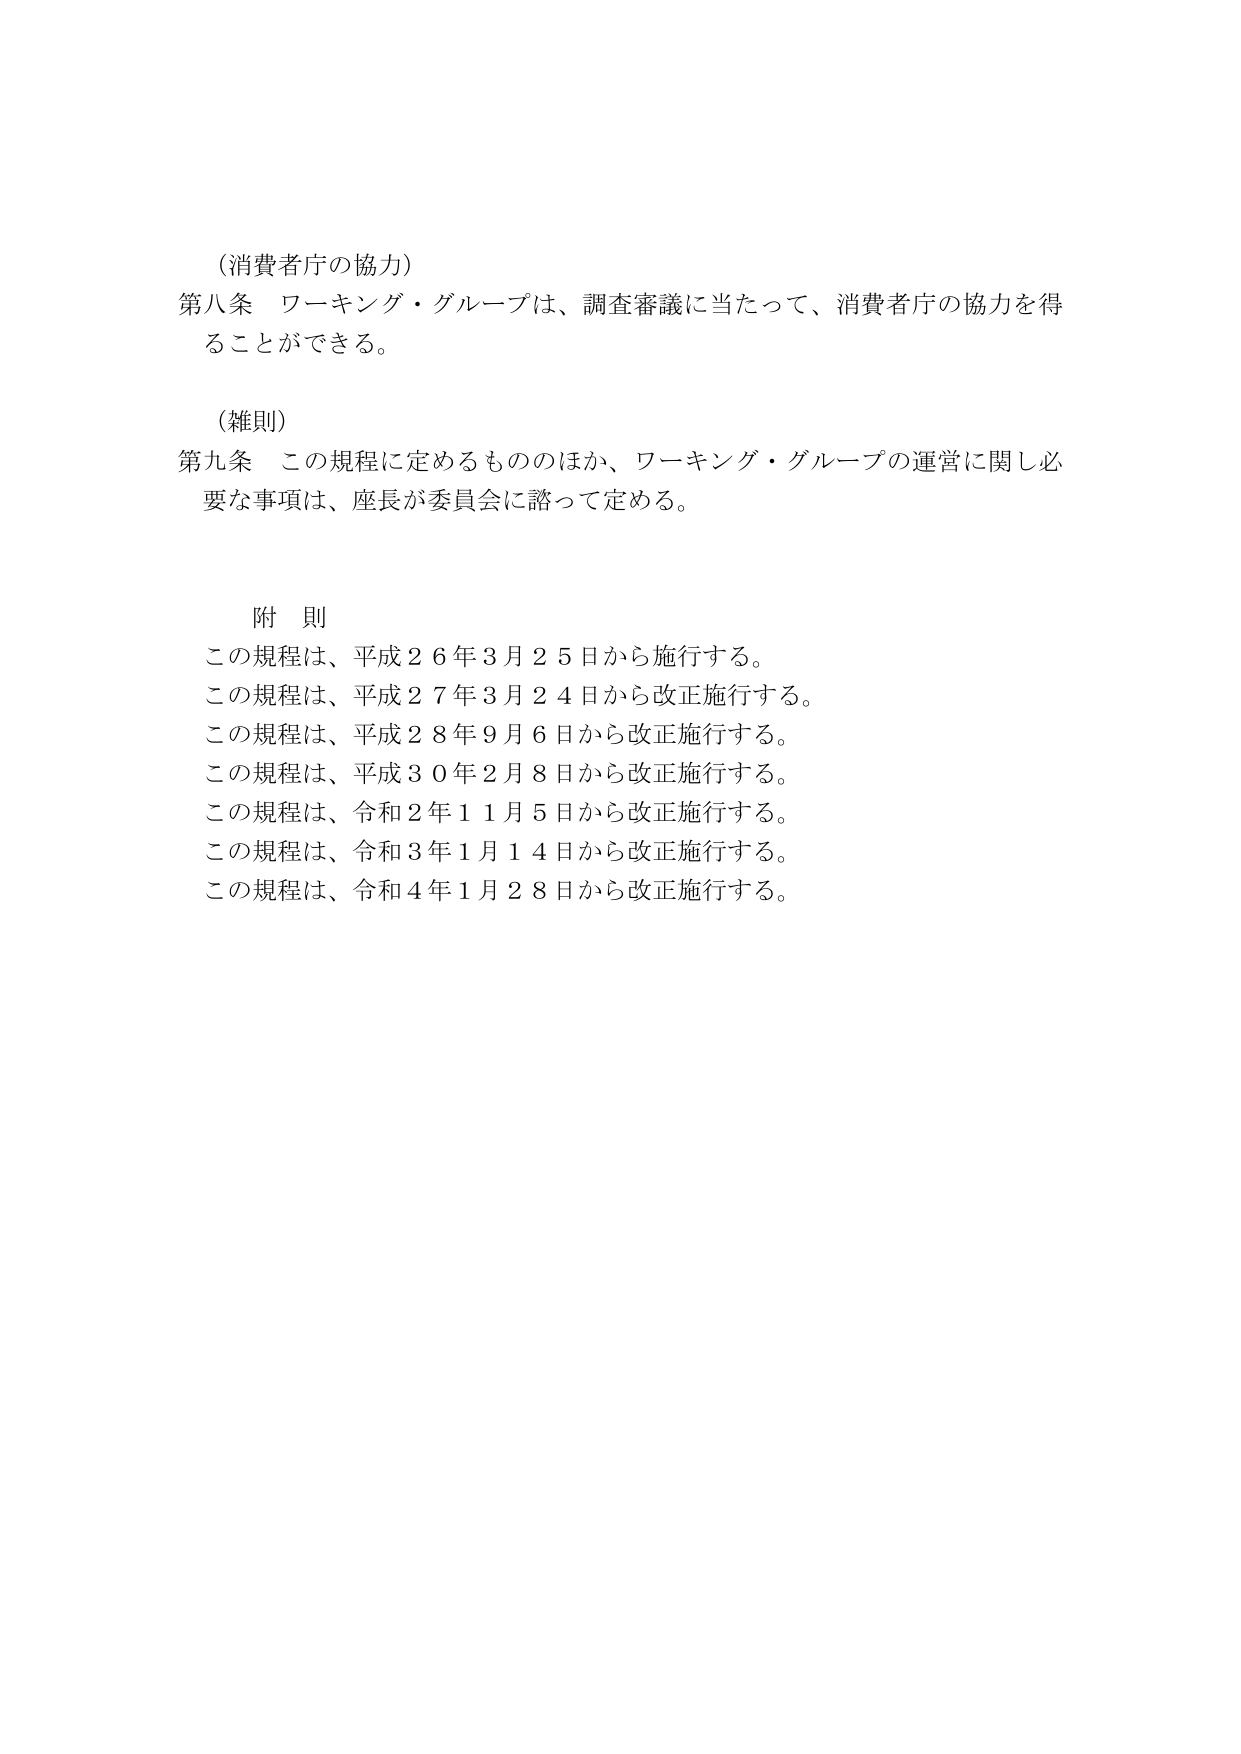
（消費者庁の協力）
第八条 ワーキング・グループは、調査審議に当たって、消費者庁の協力を得ることができる。

（雑則）
第九条 この規程に定めるもののほか、ワーキング・グループの運営に関し必要な事項は、座長が委員会に諮って定める。

附 則
この規程は、平成２６年３月２５日から施行する。
この規程は、平成２７年３月２４日から改正施行する。
この規程は、平成２８年９月６日から改正施行する。
この規程は、平成３０年２月８日から改正施行する。
この規程は、令和２年１１月５日から改正施行する。
この規程は、令和３年１月１４日から改正施行する。
この規程は、令和４年１月２８日から改正施行する。